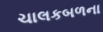
ચાલકબળના